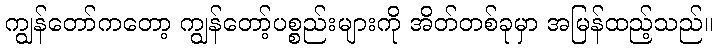
ကျွန်တော်ကတော့ ကျွန်တော့်ပစ္စည်းများကို အိတ်တစ်ခုမှာ အမြန်ထည့်သည်။